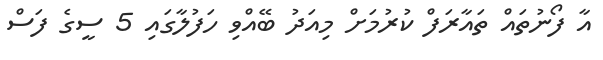
އާ ފޯނުތައް ތައާރަފް ކުރުމަށް މިއަދު ބޭއްވި ހަފުލާގައި 5 ސީގެ ފަސް